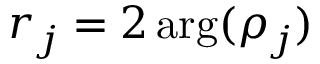
r _ { j } = 2 \arg ( \rho _ { j } )